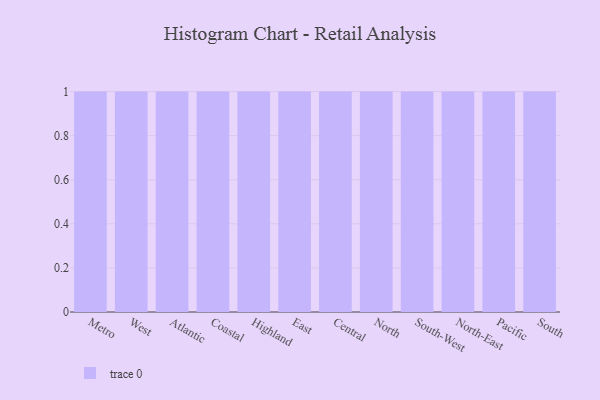
{"axis": {"x": "Region", "y": "Page Views"}, "legend": [""], "data": [{"x": "Metro", "y": 15, "type": ""}, {"x": "West", "y": 9, "type": ""}, {"x": "Atlantic", "y": 21, "type": ""}, {"x": "Coastal", "y": 57, "type": ""}, {"x": "Highland", "y": 63, "type": ""}, {"x": "East", "y": 39, "type": ""}, {"x": "Central", "y": 13, "type": ""}, {"x": "North", "y": 95, "type": ""}, {"x": "South-West", "y": 66, "type": ""}, {"x": "North-East", "y": 44, "type": ""}, {"x": "Pacific", "y": 5, "type": ""}, {"x": "South", "y": 53, "type": ""}]}